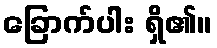
ခြောက်ပါး ရှိ၏။